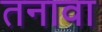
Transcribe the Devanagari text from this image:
तनावा